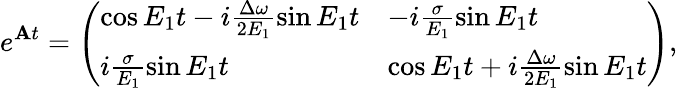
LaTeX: e^{\mathbf{A}t}=\left(\begin{array}{ll}{\cos{E_{1}t}-i\frac{\Delta\omega}{2E_{1}}\sin{E_{1}t}}&{-i\frac{\sigma}{E_{1}}\sin E_{1}t}\\ {i\frac{\sigma}{E_{1}}\sin E_{1}t}&{\cos{E_{1}t}+i\frac{\Delta\omega}{2E_{1}}\sin{E_{1}t}}\end{array}\right),